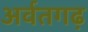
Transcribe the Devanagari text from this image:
अर्वतगढ़